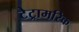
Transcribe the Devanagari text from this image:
टेट्रामरिक